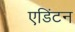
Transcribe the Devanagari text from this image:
एडिंटन